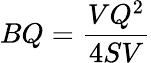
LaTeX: BQ={\frac{VQ^{2}}{4SV}}